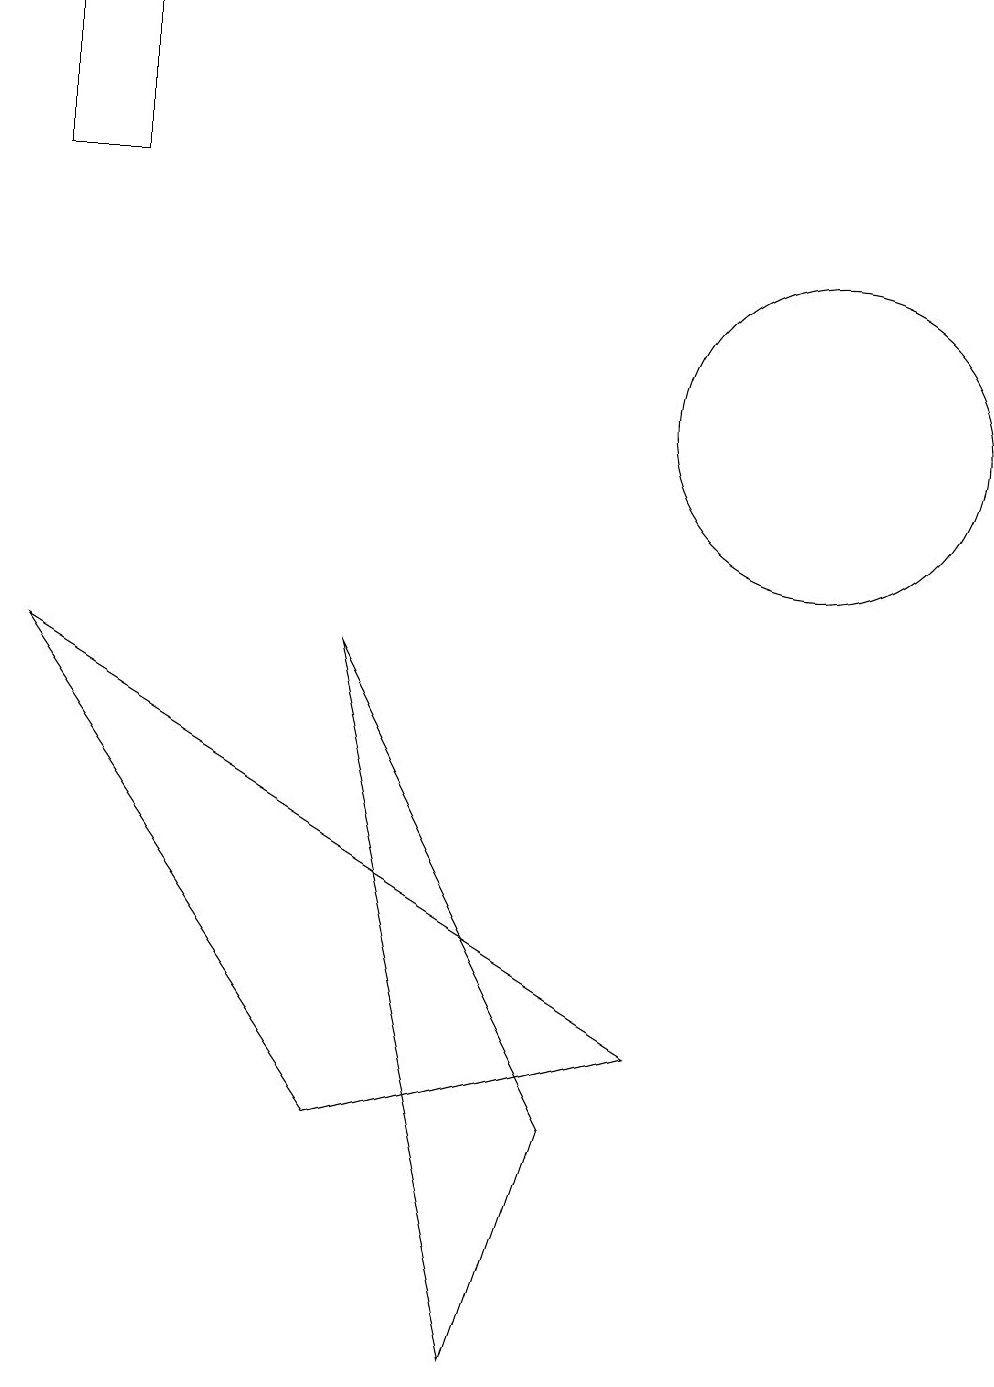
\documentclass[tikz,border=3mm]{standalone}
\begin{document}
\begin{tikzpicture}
\draw (10,12) circle (2);
\draw (0,15) rectangle (1,17);
\draw (0,9) -- (4,3) -- (8,4) -- cycle;
\draw (6,0) -- (7,3) -- (4,9) -- cycle;
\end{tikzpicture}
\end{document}